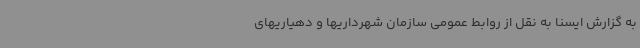
به گزارش ایسنا به نقل از روابط عمومی سازمان شهرداریها و دهیاریهای